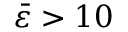
\bar { \varepsilon } > 1 0